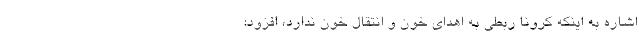
اشاره به اینکه کرونا ربطی به اهدای خون و انتقال خون ندارد، افزود: